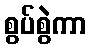
စွပ်စွဲကာ